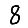
Digit: 8